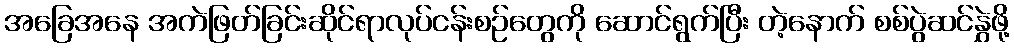
အခြေအနေ အကဲဖြတ်ခြင်းဆိုင်ရာလုပ်ငန်းစဉ်တွေကို ဆောင်ရွက်ပြီး တဲ့နောက် စစ်ပွဲဆင်နွှဲဖို့